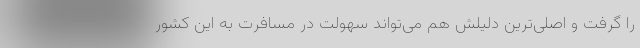
را گرفت و اصلی‌ترین دلیلش هم می‌تواند سهولت در مسافرت به این کشور